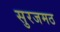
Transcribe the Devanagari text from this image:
सुरजमठ